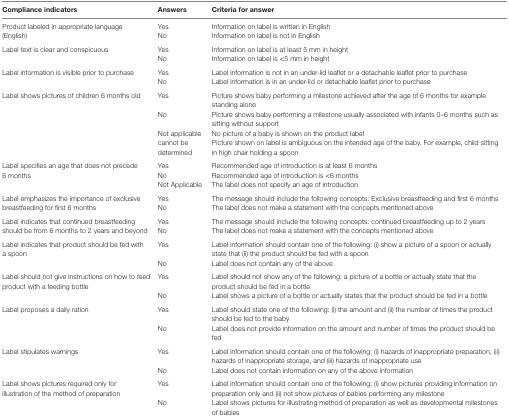
| Compliance indicators | Answers | Criteria for answer |
 | --- | --- | --- |
 | <ROWSPAN=2> Product labeled in appropriate language (English) | Yes | Information on label is written in English |
 | No | Information on label is not in English |
 | <ROWSPAN=2> Label text is clear and conspicuous | Yes | Information on label is at least 5 mm in height |
 | No | Information on label is <5 mm in height |
 | <ROWSPAN=2> Label information is visible prior to purchase | Yes | Label information is not in an under-lid leaflet or a detachable leaflet prior to purchase |
 | No | Label information is in an under-lid or detachable leaflet prior to purchase |
 | <ROWSPAN=4> Label shows pictures of children 6 months old | Yes | Picture shows baby performing a milestone achieved after the age of 6 months for example standing alone |
 | No | Picture shows baby performing a milestone usually associated with infants 0–6 months such as sitting without support |
 | <ROWSPAN=2> Not applicable cannot be determined | No picture of a baby is shown on the product label |
 | Picture shown on label is ambiguous on the intended age of the baby. For example, child sitting in high chair holding a spoon |
 | <ROWSPAN=3> Label specifies an age that does not precede 6 months | Yes | Recommended age of introduction is at least 6 months |
 | No | Recommended age of introduction is <6 months |
 | Not Applicable | The label does not specify an age of introduction |
 | <ROWSPAN=2> Label emphasizes the importance of exclusive breastfeeding for first 6 months | Yes | The message should include the following concepts: Exclusive breastfeeding and first 6 months |
 | No | The label does not make a statement with the concepts mentioned above |
 | <ROWSPAN=2> Label indicates that continued breastfeeding should be from 6 months to 2 years and beyond | Yes | The message should include the following concepts: continued breastfeeding up to 2 years |
 | No | The label does not make a statement with the concepts mentioned above |
 | <ROWSPAN=2> Label indicates that product should be fed with a spoon | Yes | Label information should contain one of the following: (i) show a picture of a spoon or actually state that (ii) the product should be fed with a spoon |
 | No | Label does not contain any of the above |
 | <ROWSPAN=2> Label should not give instructions on how to feed product with a feeding bottle | Yes | Label should not show any of the following: a picture of a bottle or actually state that the product should be fed in a bottle |
 | No | Label shows a picture of a bottle or actually states that the product should be fed in a bottle |
 | <ROWSPAN=2> Label proposes a daily ration | Yes | Label should state one of the following: (i) the amount and (ii) the number of times the product should be fed to the baby |
 | No | Label does not provide information on the amount and number of times the product should be fed |
 | <ROWSPAN=2> Label stipulates warnings | Yes | Label information should contain one of the following: (i) hazards of inappropriate preparation, (ii) hazards of inappropriate storage, and (iii) hazards of inappropriate use |
 | No | Label does not contain information on any of the above information |
 | <ROWSPAN=2> Label shows pictures required only for illustration of the method of preparation | Yes | Label information should contain one of the following: (i) show pictures providing information on preparation only and (ii) not show pictures of babies performing any milestone |
 | No | Label shows pictures for illustrating method of preparation as well as developmental milestones of babies |